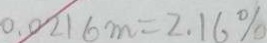
0 . 0 2 1 6 m = 2 . 1 6 \%